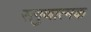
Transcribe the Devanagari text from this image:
सगुणात्मक